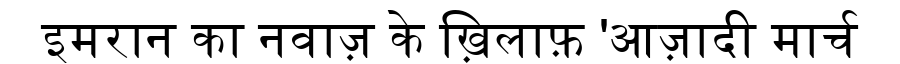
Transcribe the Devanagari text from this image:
इमरान का नवाज़ के ख़िलाफ़ 'आज़ादी मार्च